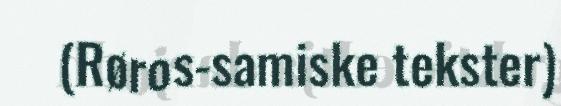
(Røros-samiske tekster)